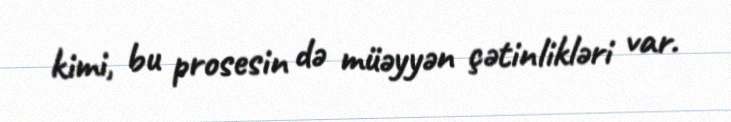
kimi, bu prosesin də müəyyən çətinlikləri var.